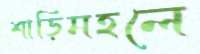
শাড়িমহলে